Indian journal of veterinary science and animal husbandry - Volumes 18-21, 1948-1951
Year: 1948
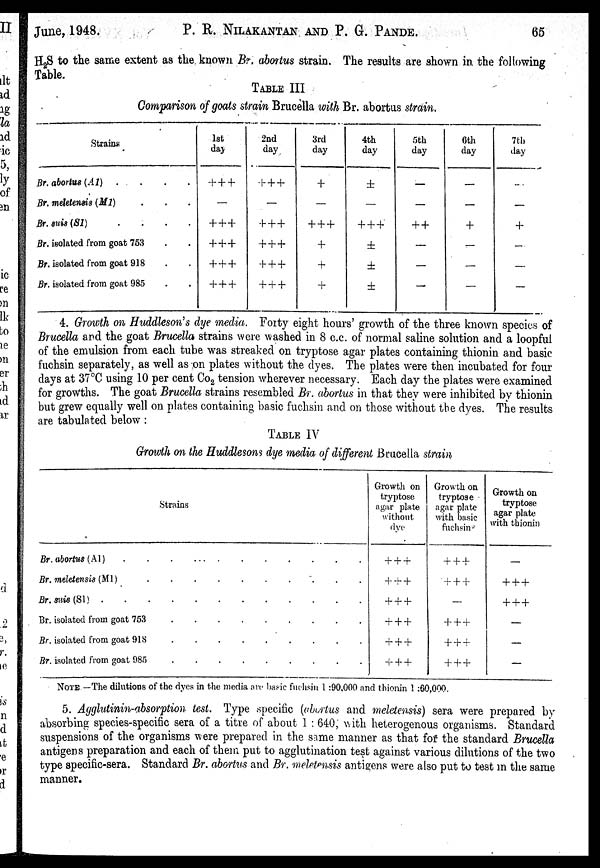
June, 1948.
P. R. NILAKANTAN AND P. G. PANDE.
65
H 2 S to the same extent as the known Br. abortus strain. The results are shown in the following
Table.
TABLE III
Comparison of goats strain Brucella with Br. abortus strain.
Strains
Br. abortus (A1) . . . .
Br. meletensis (M1) . . . .
Br. suis (S1)
.
.
.
.
Br. isolated from goat 763 . .
Br. isolated from goat 918 . .
Br. isolated from goat 985 . .
1st
day
+++
—
+++
+++
+++
+++
2nd
day
+++
—
+++
+++
+++
+++
3rd
day
+
—
+++
+
+
+
4th
day
±
—
+++
±
±
±
5th
day
—
—
++
—
—
—
6th
day
—
—
+
—
—
—
7th
day
—
—
+
—
—
—
4. Growth on Huddleson's dye media. Forty eight hours' growth of the three known species of
Brucella and the goat Brucella strains were washed in 8 c.c. of normal saline solution and a loopful
of the emulsion from each tube was streaked on tryptose agar plates containing thionin and basic
fuchsin separately, as well as on plates without the dyes. The plates were then incubated for four
days at 37°C using 10 per cent Co 2 tension wherever necessary. Each day the plates were examined
for growths. The goat Brucella strains resembled Br. abortus in that they were inhibited by thionin
but grew- equally well on plates containing basic fuchsin and on those without the dyes. The results-
are tabulated below :
TABLE IV
Growth on the Huddlesons dye media of different Brucella strain
Strains
Br. abortus (A1)
Br. meletensis (Ml)
Br. suis (S1)
Br. isolated from goat 753
Br. isolated from goat 918
Br. isolated from goat 985
Growth on
tryptose
agar plate
without
dye
+++
+++
+++
+++
+++
+++
Growth on
tryptose
agar plate
with basic
fuchsin
+++
+++
—
+++
+++
+++
Growth on
tryptose
agar plate
with thionin
—
+++
+++
—
—
—
NOTE —The dilutions of the dyes in the media are basic fuchsin 1 :90,000 and thionin 1 :60,000.
5. Agglutinin-absorption test. Type specific (abortus and meletensis) sera were prepared by
absorbing species-specific sera of a titre of about 1 : 640; with heterogenous organisms. Standard
suspensions of the organisms were prepared in the same manner as that for the standard Brucella
antigens preparation and each of them put to agglutination test against various dilutions of the two
type specific-sera. Standard Br. abortus and Br. meletensis antigens were also put to test in the same
manner.